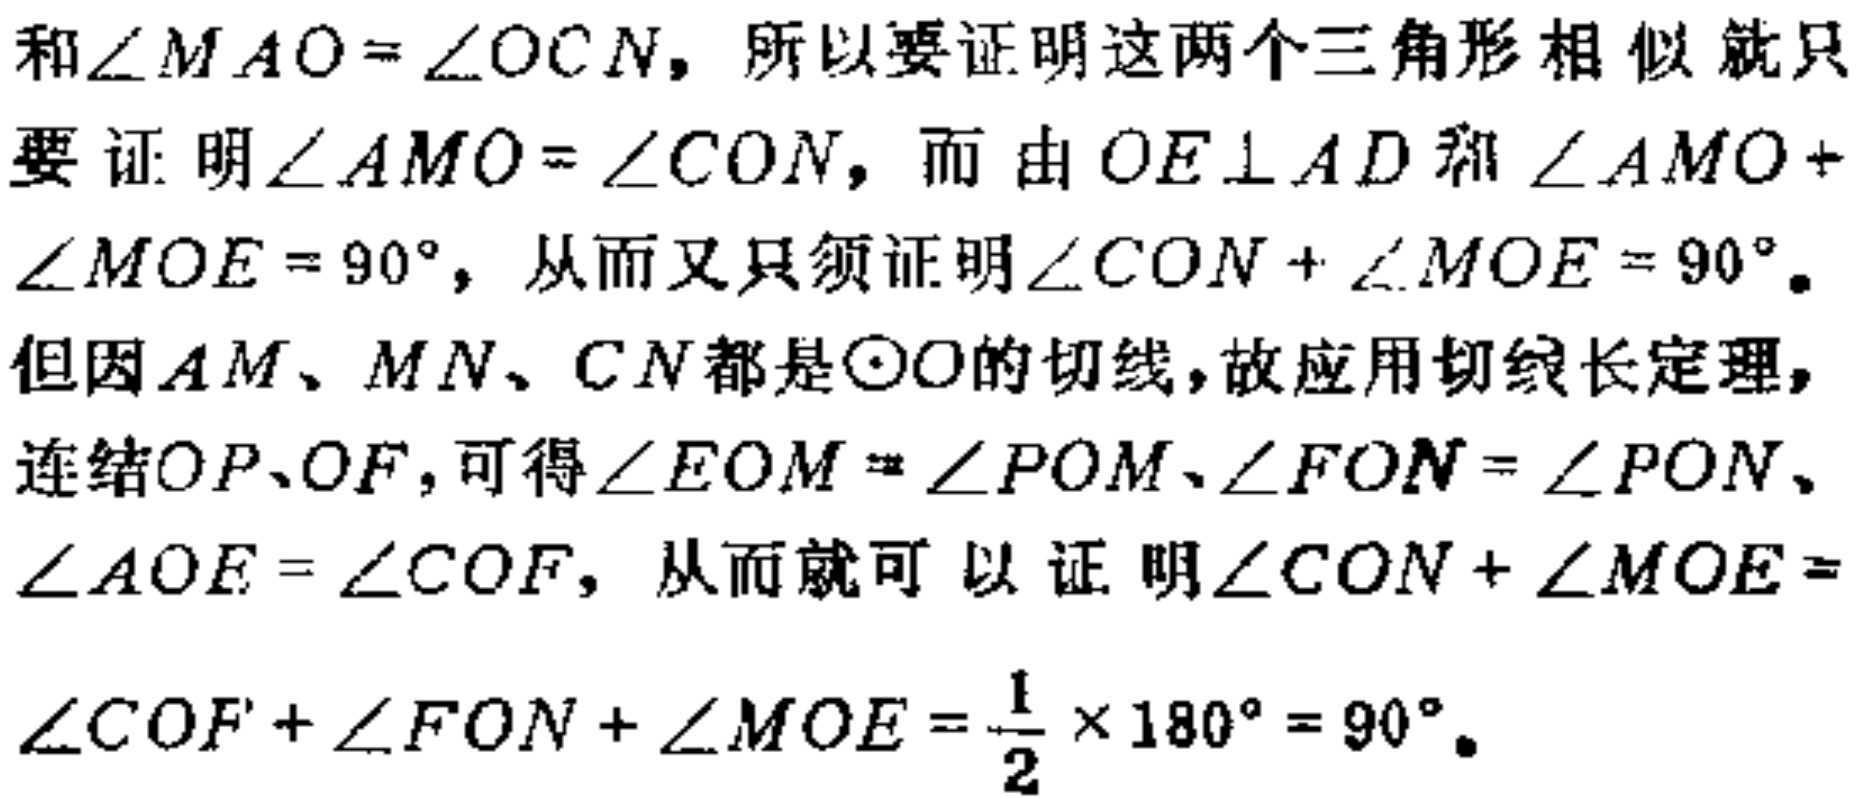
和\(\angle MAO = \angle OCN\)，所以要证明这两个三角形相似就只要证明\(\angle AMO=\angle CON\)，而由\(OE\perp AD\)和\(\angle AMO + \angle MOE = 90^{\circ}\)，从而又只须证明\(\angle CON+\angle MOE = 90^{\circ}\)。但因\(AM、MN、CN\)都是\(\odot O\)的切线，故应用切线长定理，连结\(OP、OF\)，可得\(\angle EOM=\angle POM、\angle FON = \angle PON、\angle AOE=\angle COF\)，从而就可以证明\(\angle CON+\angle MOE = \angle COF+\angle FON+\angle MOE=\frac{1}{2}\times180^{\circ}=90^{\circ}\)。